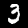
Digit: 3